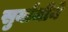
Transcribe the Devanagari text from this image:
सुर्याजीने